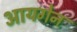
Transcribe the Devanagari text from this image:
आयगेन